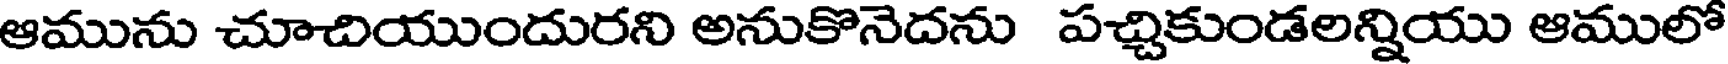
ఆమును చూచియుందురని అనుకొనెదను పచ్చికుండలన్నియు ఆములో